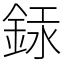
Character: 銾